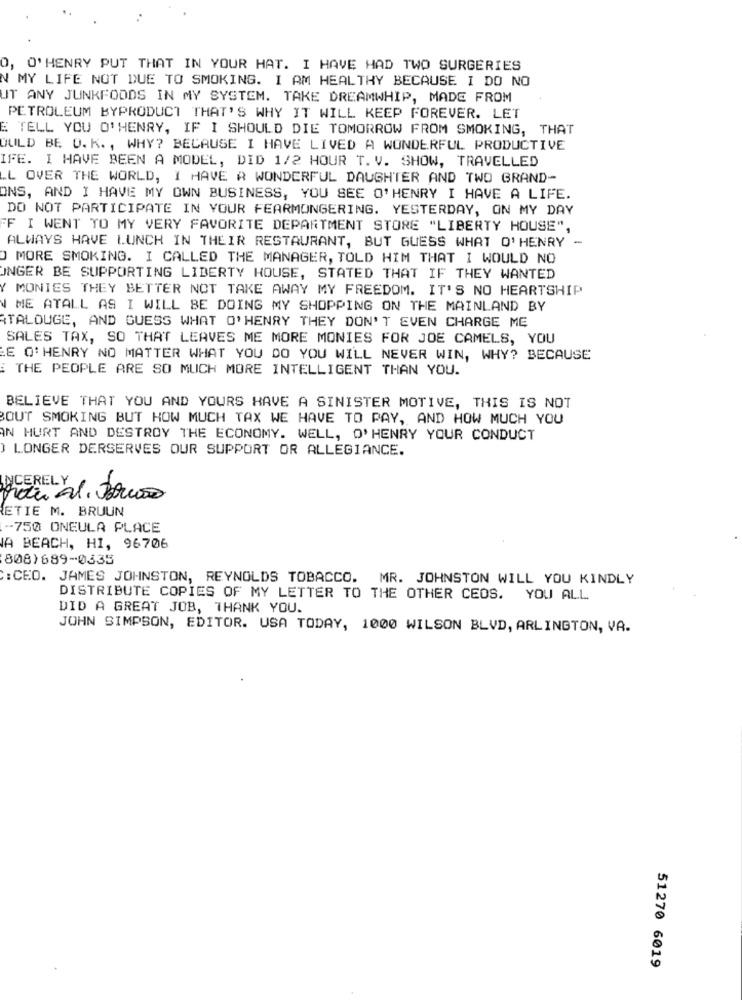
O, O'HENRY PUT THAT IN YOUR HAT. I HAVE HAD TWO SURGERIES
N MY LIFE NOT DUE TO SMOKING. I AM HEALTHY BECAUSE I DO NO
UT ANY JUNKFOODS IN MY SYSTEM. TAKE DREAMWHIP, MADE FROM
PETROLEUM BYPRODUCT THAT'S WHY IT WILL KEEP FOREVER. LET
E TELL YOU O'HENRY, IF I SHOULD DIE TOMORROW FROM SMOKING, THAT
DULD BE O. K. , WHY? BECAUSE I HAVE LIVED A WONDERFUL PRODUCTIVE
IFE. I HAVE BEEN A MODEL, DID 1/2 HOUR T. V. SHOW, TRAVELLED
LL OVER THE WORLD, I HAVE A WONDERFUL DAUGHTER AND TWO GRAND-
ONS, AND I HAVE MY OWN BUSINESS, YOU SEE O'HENRY I HAVE A LIFE.
DO NOT PARTICIPATE IN YOUR FEARMONGERING. YESTERDAY, ON MY DAY
FF I WENT TO MY VERY FAVORITE DEPARTMENT STORE "LIBERTY HOUSE",
ALWAYS HAVE LUNCH IN THEIR RESTAURANT, BUT GUESS WHAT O'HENRY -
O MORE SMOKING. I CALLED THE MANAGER, TOLD HIM THAT I WOULD NO
UNGER BE SUPPORTING LIBERTY HOUSE, STATED THAT IF THEY WANTED
Y MONIES THEY BETTER NOT TAKE AWAY MY FREEDOM. IT'S NO HEARTSHIP
ME ATALL AS I WILL BE DOING MY SHOPPING ON THE MAINLAND BY
{TALOUGE, AND GUESS WHAT O'HENRY THEY DON'T EVEN CHARGE ME
SALES TAX, SO THAT LEAVES ME MORE MONIES FOR JOE CAMELS, YOU
E O'HENRY NO MATTER WHAT YOU DO YOU WILL NEVER WIN, WHY? BECAUSE
THE PEOPLE ARE SO MUCH MORE INTELLIGENT THAN YOU.
BELIEVE THAT YOU AND YOURS HAVE A SINISTER MOTIVE, THIS IS NOT
BOUT SMOKING BUT HOW MUCH TAX WE HAVE TO PAY, AND HOW MUCH YOU
IN HURT AND DESTROY THE ECONOMY. WELL, O'HENRY YOUR CONDUCT
) LONGER DERSERVES OUR SUPPORT OR ALLEGIANCE.
NICERELY
ETIE M. BRUUN
-750 ONEULA PLACE
A BEACH, HI, 96706
808)689-0335
:CEO. JAMES JOHNSTON, REYNOLDS TOBACCO. MR. JOHNSTON WILL YOU KINDLY
DISTRIBUTE COPIES OF MY LETTER TO THE OTHER CEOS. YOU ALL
DID A GREAT JOB, THANK YOU.
JOHN SIMPSON, EDITOR. USA TODAY, 1000 WILSON BLVD, ARLINGTON, VA.
51270 6019